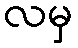
လမှ